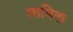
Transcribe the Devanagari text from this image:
लामिना